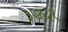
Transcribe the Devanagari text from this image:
३७६१